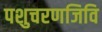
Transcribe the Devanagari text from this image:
पशुचरणजिवि